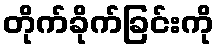
တိုက်ခိုက်ခြင်းကို